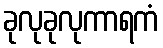
ခုလုခုလုကာရကံ